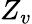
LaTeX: Z_{v}